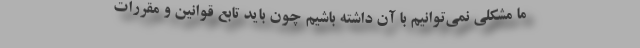
ما مشکلی نمی‌توانیم با آن داشته باشیم چون باید تابع قوانین و مقررات